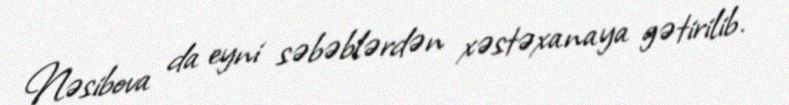
Nəsibova da eyni səbəblərdən xəstəxanaya gətirilib.